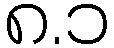
၈.၁